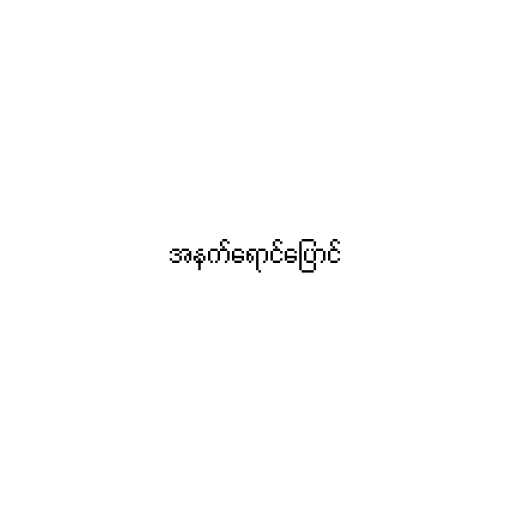
အနက်ရောင်ပြောင်